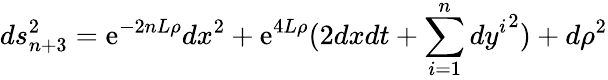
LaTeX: ds_{n+3}^{2}=\mathrm{e}^{-2nL\rho}dx^{2}+\mathrm{e}^{4L\rho}(2dxdt+\sum_{i=1}^{n}{dy^{i}}^{2})+d\rho^{2}